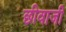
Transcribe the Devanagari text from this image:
छीवाजी